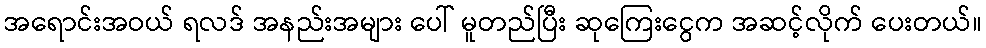
အရောင်းအဝယ် ရလဒ် အနည်းအများ ပေါ် မူတည်ပြီး ဆုကြေးငွေက အဆင့်လိုက် ပေးတယ်။